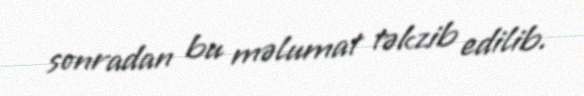
sonradan bu məlumat təkzib edilib.